Malaria in India - Number 2
Disease focus: Malaria
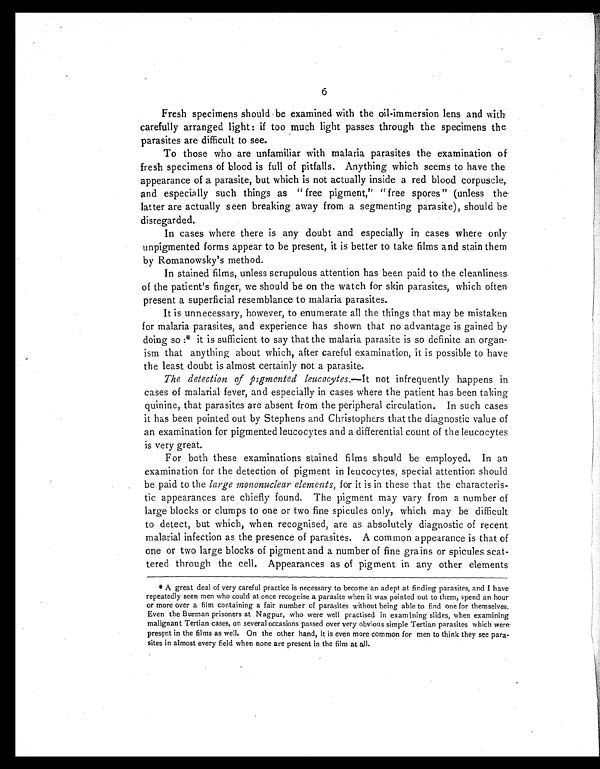
6
Fresh specimens should be examined with the oil-immersion lens and with
carefully arranged light : if too much light passes through the specimens the
parasites are difficult to see.
To those who are unfamiliar with malaria parasites the examination of
fresh specimens of blood is full of pitfalls. Anything which seems to have the
appearance of a parasite, but which is not actually inside a red blood corpuscle,
and especially such things as "free pigment," "free spores" (unless the
latter are actually seen breaking away from a segmenting parasite), should be
disregarded.
In cases where there is any doubt and especially in cases where only
unpigmented forms appear to be present, it is better to take films and stain them
by Romanowsky's method.
In stained films, unless scrupulous attention has been paid to the cleanliness
of the patient's finger, we should be on the watch for skin parasites, which often
present a superficial resemblance to malaria parasites.
It is unnecessary, however, to enumerate all the things that may be mistaken
for malaria parasites, and experience has shown that no advantage is gained by
doing so : * it is sufficient to say that the malaria parasite is so definite an organ-
ism that anything about which, after careful examination, it is possible to have
the least doubt is almost certainly not a parasite.
The detection of pigmented leucocytes.—It not infrequently happens in
cases of malarial fever, and especially in cases where the patient has been taking
quinine, that parasites are absent from the peripheral circulation. In such cases
it has been pointed out by Stephens and Christophers that the diagnostic value of
an examination for pigmented leucocytes and a differential count of the leucocytes
is very great.
For both these examinations stained films should be employed. In an
examination for the detection of pigment in leucocytes, special attention should
be paid to the large mononuclear elements, for it is in these that the characteris-
tic appearances are chiefly found, The pigment may vary from a number of
large blocks or clumps to one or two fine spicules only, which may be difficult
to detect, but which, when recognised, are as absolutely diagnostic of recent
malarial infection as the presence of parasites. A common appearance is that of
one or two large blocks of pigment and a number of fine grains or spicules scat-
tered through the cell. Appearances as of pigment in any other elements
* A great deal of very careful practice is necessary to become an adept at finding parasites, and I have
repeatedly seen men who could at once recognise a parasite when it was pointed out to them, spend an hour
or more over a film containing a fair number of parasites without being able to find one for themselves.
Even the Burman prisoners at Nagpur, who were well practised in examining slides, when examining
malignant Tertian cases, on several occasions passed over very obvious simple Tertian parasites which were
present in the films as well. On the other hand, it is even more common for men to think they see para
- s i t e s i n a l m o s t e v e r y f i e l d w h e n n o n e a r e p r e s e n t i n t h e f i l m a ta
l l .